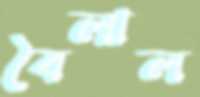
বৈলাল